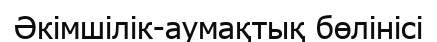
Әкімшілік-аумақтық бөлінісі